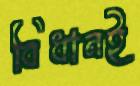
বিধানই